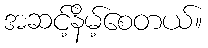
အဆင့်နိမ့်စေတယ်။